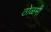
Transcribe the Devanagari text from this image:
ठोळमी